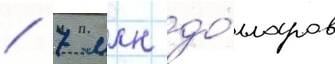
/ 7 млн до́лларов